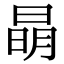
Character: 𣇵